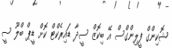
ޝޮކިންގް ފީލިންގްސް އޭ ބިކޮޒް ސީދާ ޑައިރެކްޓް ކޮށް ޑީޕް ބްލޫ ސީ